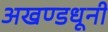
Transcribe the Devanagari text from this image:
अखण्डधूनी